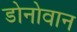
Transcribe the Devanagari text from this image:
डोनोवान